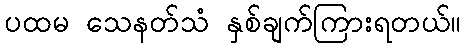
ပထမ သေနတ်သံ နှစ်ချက်ကြားရတယ်။